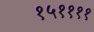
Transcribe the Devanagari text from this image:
१५११११